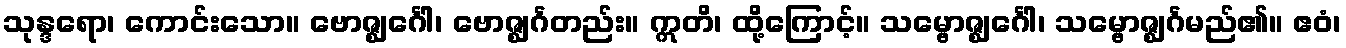
သုန္ဒရော၊ ကောင်းသော။ ဗောဇ္ဈင်္ဂေါ၊ ဗောဇ္ဈင်္ဂတည်း။ ဣတိ၊ ထို့ကြောင့်။ သမ္ဗောဇ္ဈင်္ဂေါ၊ သမ္ဗောဇ္ဈင်္ဂမည်၏။ ဧဝံ၊